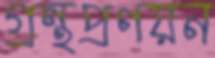
গ্রন্থপ্রণয়ন